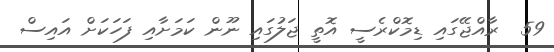
59  ރާއްޖޭގައި ޑިމޮކްރެސީ އޮތީ ޖަލުގައި ނޫން ކަމަށާއި ފަހަކަށް އައިސް